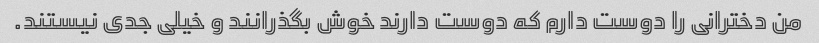
من دخترانی را دوست دارم که دوست دارند خوش بگذرانند و خیلی جدی نیستند.